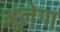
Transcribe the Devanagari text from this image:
भूलेगा